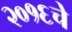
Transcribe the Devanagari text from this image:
२०१६चे